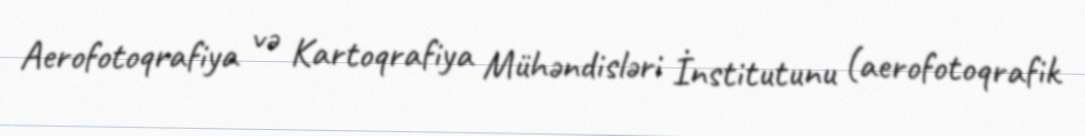
Aerofotoqrafiya və Kartoqrafiya Mühəndisləri İnstitutunu (aerofotoqrafik